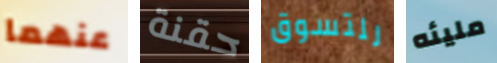
عنهما حقنة للتسوق مليئه